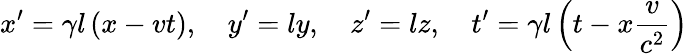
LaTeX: x^{\prime}=\gamma l\left(x-vt\right),\quad y^{\prime}=ly,\quad z^{\prime}=lz,\quad t^{\prime}=\gamma l\left(t-x{\frac{v}{c^{2}}}\right)